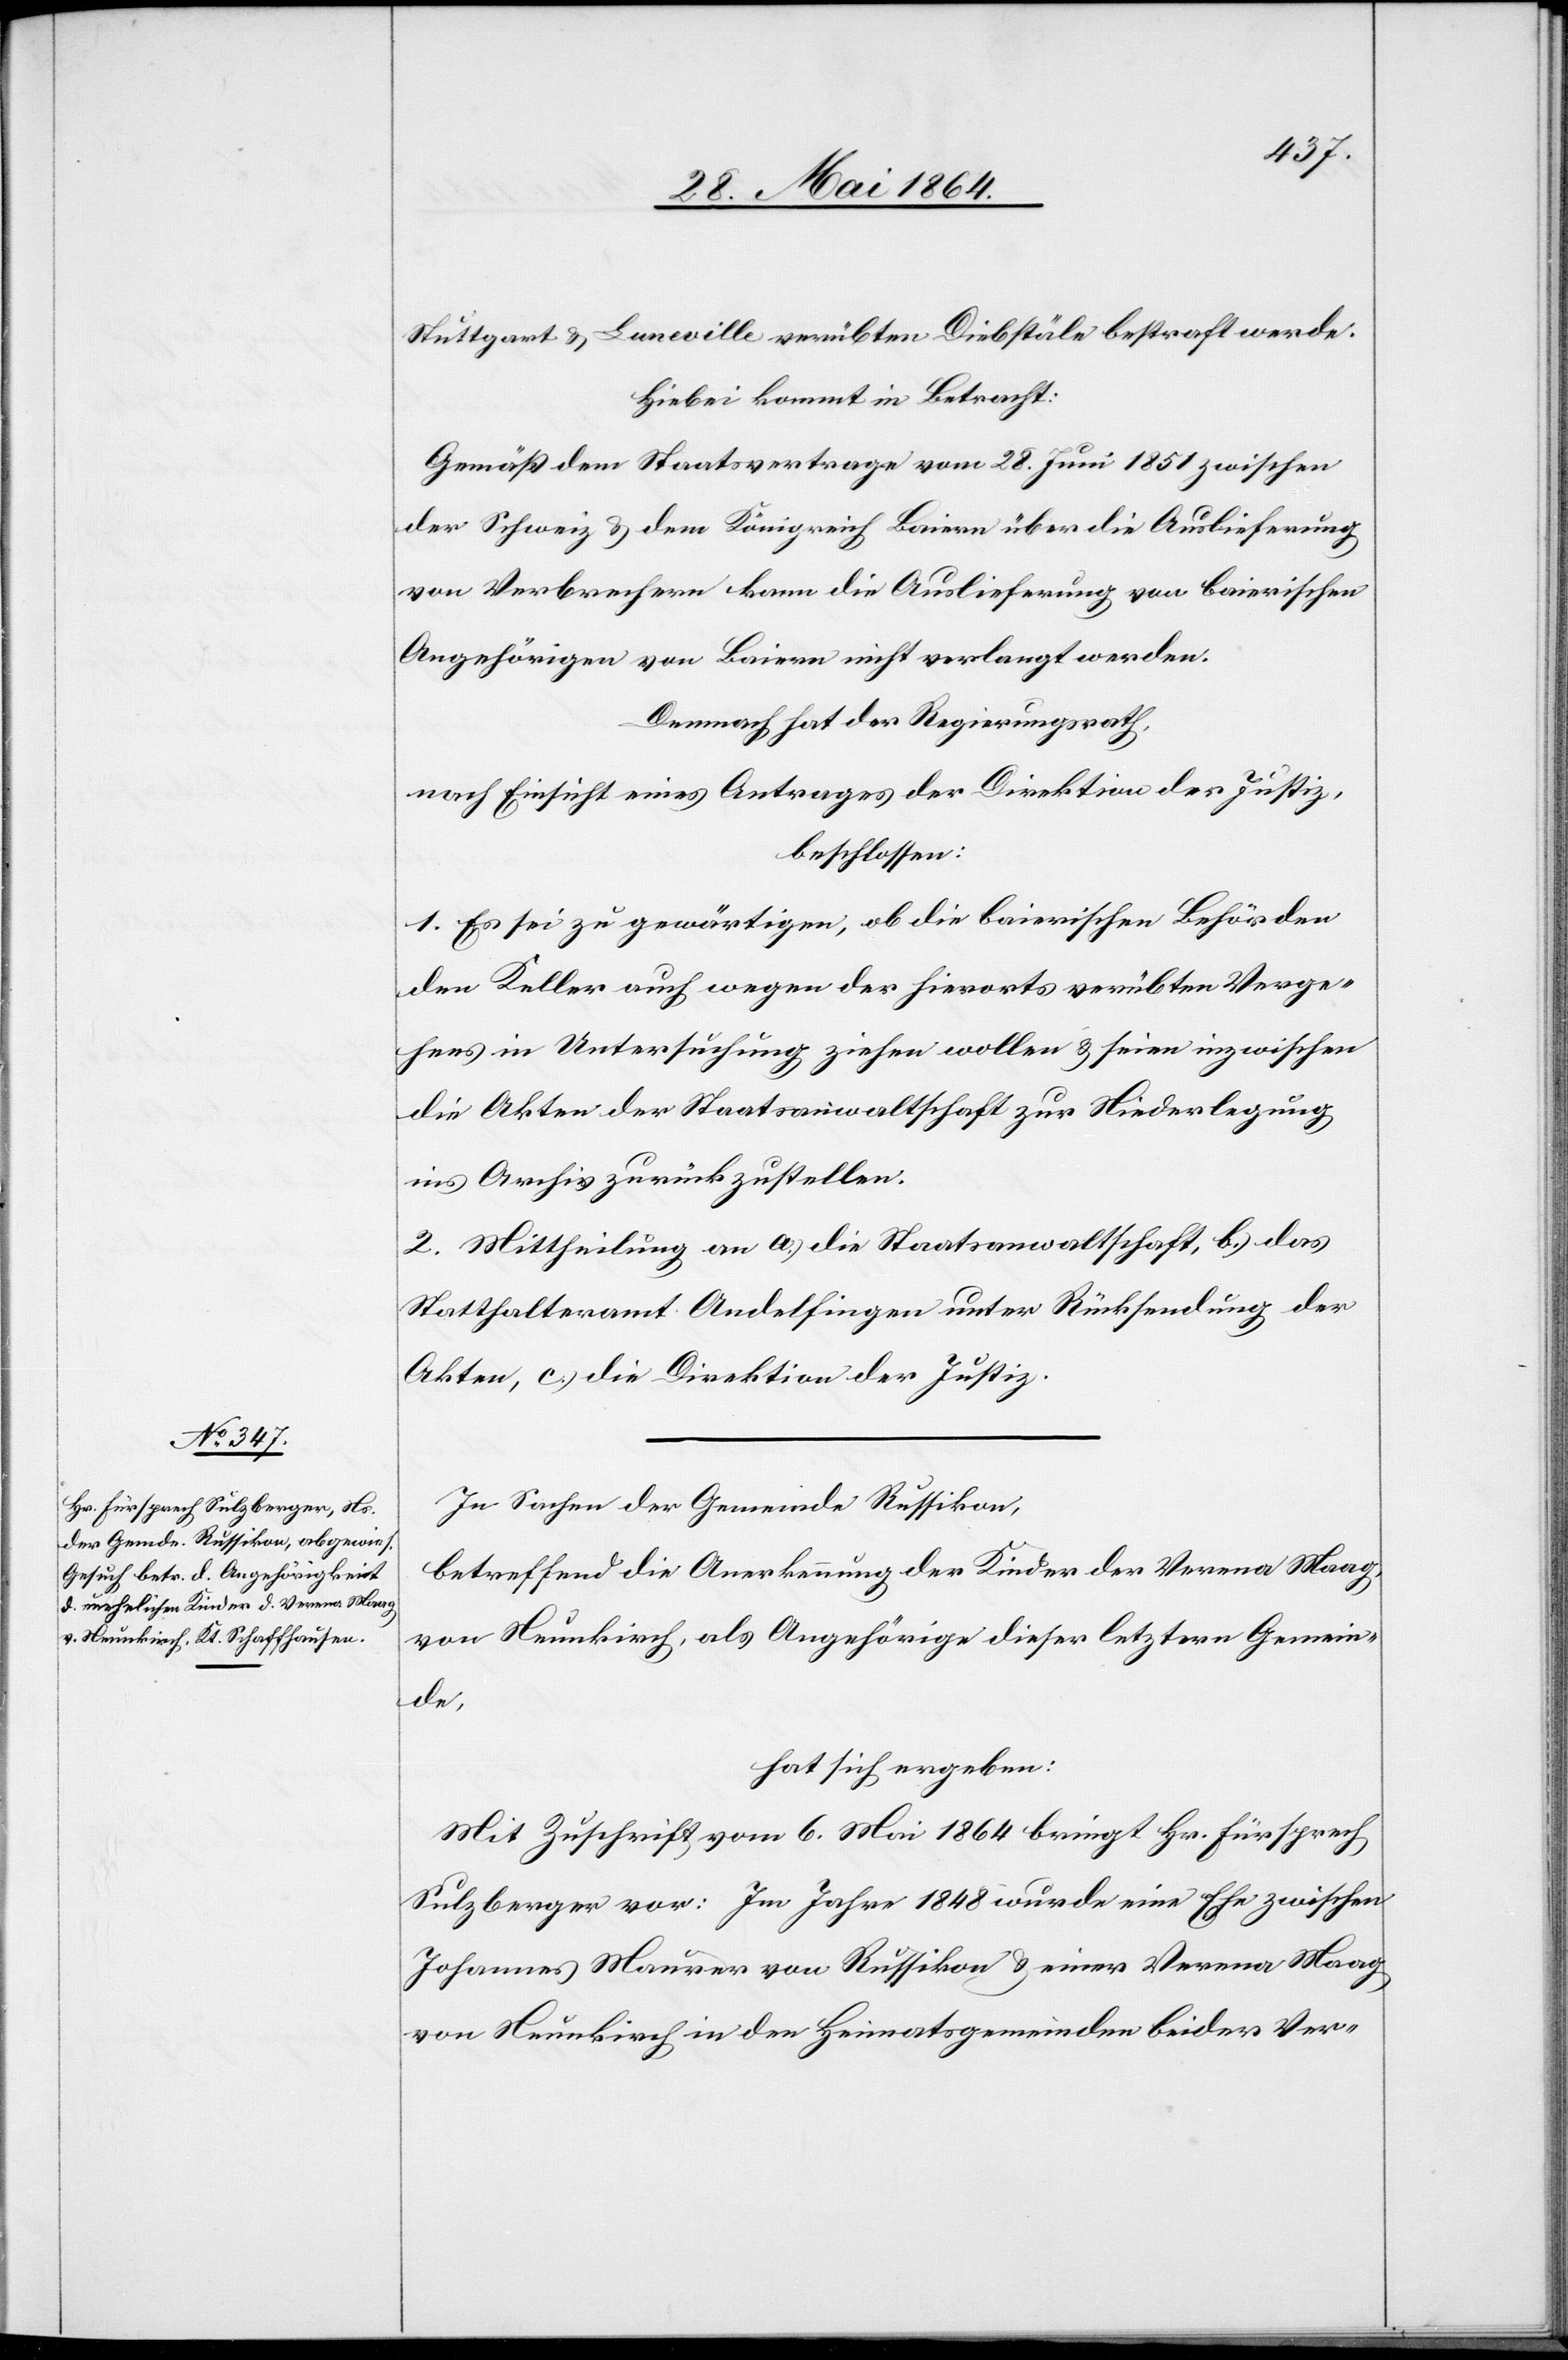
Stuttgart u. Luneville verübten Diebstäle bestraft werde.
Hiebei kommt in Betracht:
Gemäß dem Staatsvertrage vom 28. Juni 1851 zwischen
der Schweiz u. dem Königreich Baiern über die Auslieferung
von Verbrechern kann die Auslieferung von baierischen
Angehörigen von Baiern nicht verlangt werden.
Demnach hat der Regierungsrath,
nach Einsicht eines Antrages der Direktion der Justiz,
beschlossen:
1. Es sei zu gewärtigen, ob die baierischen Behörden
den Keller auch wegen der hierorts verübten Verge¬
in Untersuchung ziehen wollen u. seien inzwischen
die Akten der Staatsanwaltschaft zur Niederlegung
ins Archiv zurückzustellen.
2. Mittheilung an a.) die Staatsanwaltschaft, b.) das
Statthalteramt Andelfingen unter Rücksendung der
Akten, c.) die Direktion der Justiz.
In Sachen der Gemeinde Russikon,
betreffend die Anerkennung der Kinder der Verena Maag,
von Neunkirch, als Angehörige dieser letztern Gemein¬
de,
hat sich ergeben:
Mit Zuschrift vom 6. Mai 1864 bringt Hr. Fürsprech
Sulzberger vor: Im Jahre 1848 wurde eine Ehe zwischen
Johannes Maurer von Russikon u. einer Verena Maag
von Neunkirch in den Heimatsgemeinden beider Ver-